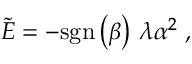
\widetilde { E } = - \mathrm { s g n } \left( \beta \right) \, \lambda \alpha ^ { 2 } \; ,